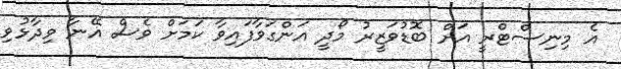
އެ މިނިސްޓްރީ އަށް ބޮޑުވަޒީރު މޯދީ އަންގަވާފައިވާ ކަމަށް ވެސް އޭނާ ވިދާޅުވި